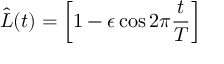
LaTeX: \hat { L } ( t ) = \left[ 1 - \epsilon \cos 2 \pi \frac { t } { T } \right]